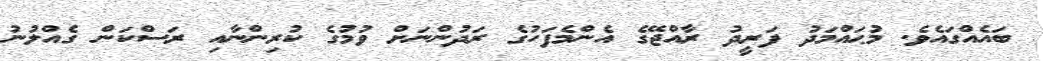
ބައެއްގައެވެ. މުޙައްމަދު ފަރީދު ރާއްޖޭގެ އެންމެފަހުގެ ރަދުންނަށް ވުމުގެ ކުރިންނާއި ރަސްކަން ގެއްލުނު